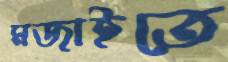
মজাইতে